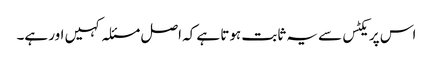
اس پریکٹس سے یہ ثابت ہوتا ہے کہ اصل مسئلہ کہیں اور ہے۔